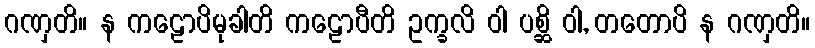
ဂဏှတိ။ န ကဠောပိမုခါတိ ကဠောပီတိ ဥက္ခလိ ဝါ ပစ္ဆိ ဝါ, တတောပိ န ဂဏှတိ။